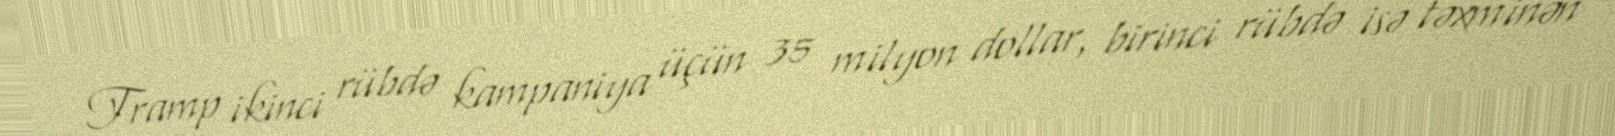
Tramp ikinci rübdə kampaniya üçün 35 milyon dollar, birinci rübdə isə təxminən